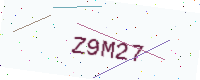
Text: Z9M27